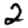
Digit: 2